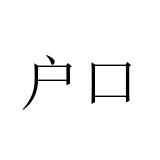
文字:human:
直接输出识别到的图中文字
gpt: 户口